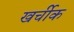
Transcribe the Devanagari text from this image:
खर्चीक